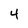
Character: 4